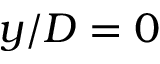
y / D = 0